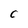
Character: C